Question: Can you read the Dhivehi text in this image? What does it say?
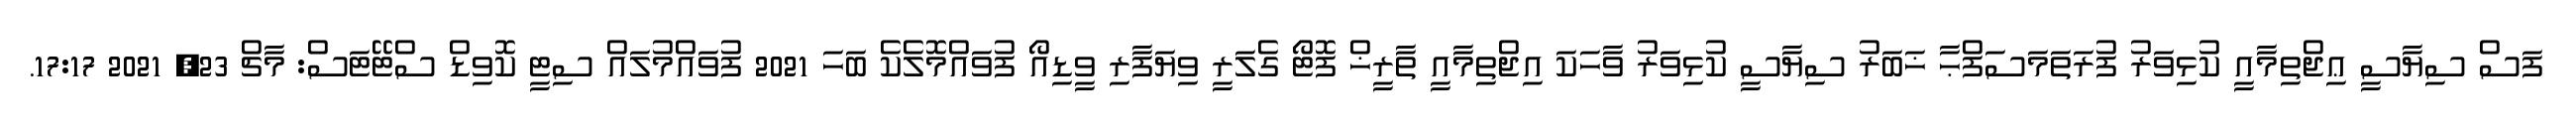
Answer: ފަސް ސިޔާސީ ޢިޖްތިމާއީ ކުޅިވަރު ފުރަތަމަސަފްޙާ ޚަބަރު ސިޔާސީ ކުޅިވަރު ވާހަކަ އިޖްތިމާއީ ތާރީޚް ފޮޓޯ ގެލަރީ ވިޔަފާރި ވީޑިއޯ ފުވައްމޮލެކެ ބަހަ 2021 ފުވައްމުލައް ސިޓީ ކޮވިޑް ސްޓޭޓަސް: މާޗް 23, 2021 17:17.